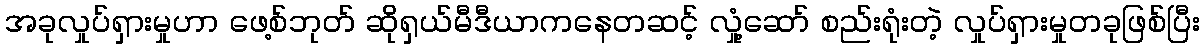
အခုလှုပ်ရှားမှုဟာ ဖေ့စ်ဘုတ် ဆိုရှယ်မီဒီယာကနေတဆင့် လှုံ့ဆော် စည်းရုံးတဲ့ လှုပ်ရှားမှုတခုဖြစ်ပြီး